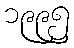
၁၉၉၅